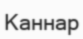
Каннар